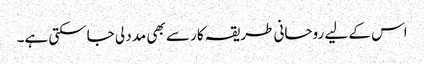
اس کے لیے روحانی طریقہ کار سے بھی مدد لی جاسکتی ہے۔